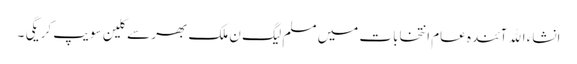
انشاء الله آئندہ عام انتخابات میں مسلم لیگ ن ملک بھر سے کلین سویپ کریگی ۔